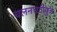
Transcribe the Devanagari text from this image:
चलनघटीमुळे